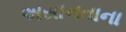
અસાનતાના